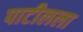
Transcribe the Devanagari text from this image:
पाटीलला